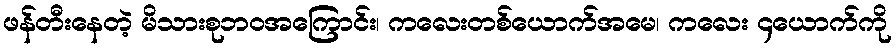
ဖန်တီးနေတဲ့ မိသားစုဘဝအကြောင်း၊ ကလေးတစ်ယောက်အမေ၊ ကလေး ၄ယောက်ကို